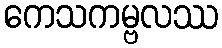
ကေသကမ္ဗလဿ